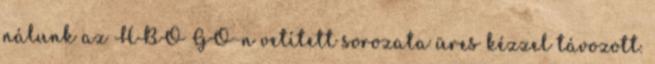
nálunk az HBO GO-n vetített sorozata üres kézzel távozott.